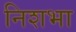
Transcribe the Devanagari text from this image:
निशभा